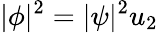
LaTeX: |\phi|^{2}=|\psi|^{2}u_{2}